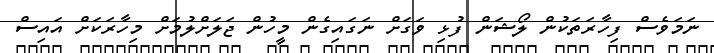
ނަމަވެސް ފިހާރަތަކުން ލޯޝަން ފުޅި ވަގަށް ނަގައިގެން މީހުން ޖަލަށްލުމަށް މިހާރަކަށް އައިސް